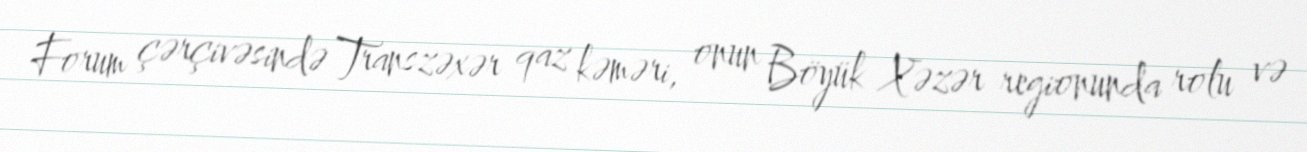
Forum çərçivəsində Transzəxər qaz kəməri, onun Böyük Xəzər regionunda rolu və